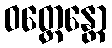
ဝတ္တေန္တော